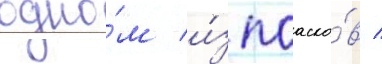
одно́м и́з поаско́в /